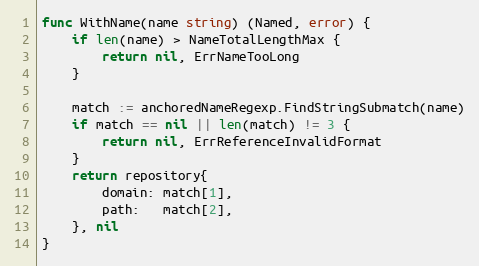
Language: Go
func WithName(name string) (Named, error) {
	if len(name) > NameTotalLengthMax {
		return nil, ErrNameTooLong
	}

	match := anchoredNameRegexp.FindStringSubmatch(name)
	if match == nil || len(match) != 3 {
		return nil, ErrReferenceInvalidFormat
	}
	return repository{
		domain: match[1],
		path:   match[2],
	}, nil
}